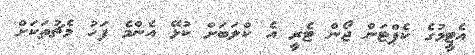
އެޓީމުގެ ކެޕްޓަން ޖޯން ޓެރީ އެ ކްލަބަށް ކުޅޭ އެންމެ ފަހު މެޗުތަކަށް